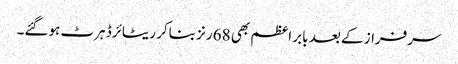
سرفراز کے بعد بابر اعظم بھی 68 رنز بناکر ریٹائرڈ ہرٹ ہوگئے۔